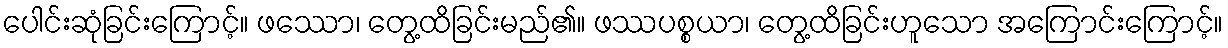
ပေါင်းဆုံခြင်းကြောင့်။ ဖဿော၊ တွေ့ထိခြင်းမည်၏။ ဖဿပစ္စယာ၊ တွေ့ထိခြင်းဟူသော အကြောင်းကြောင့်။